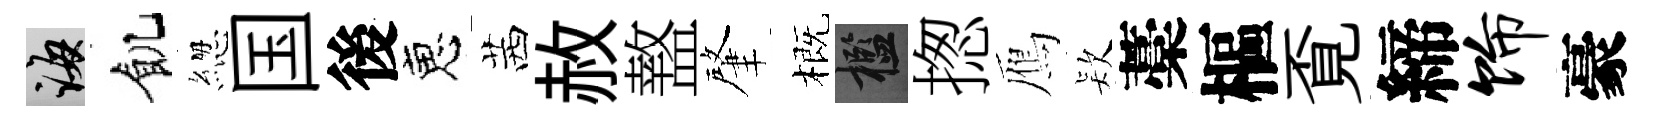
誨飢緫国後恵茜赦盩肇概檻揔鴈𣣇藁樞覔締饰豪